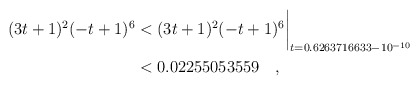
\begin{align*}(3t+1)^2(-t+1)^6 & < (3t+1)^2(-t+1)^6\biggr\rvert_{t=0.6263716633 - 10^{-10}} \\& < 0.02255053559 \quad, \end{align*}